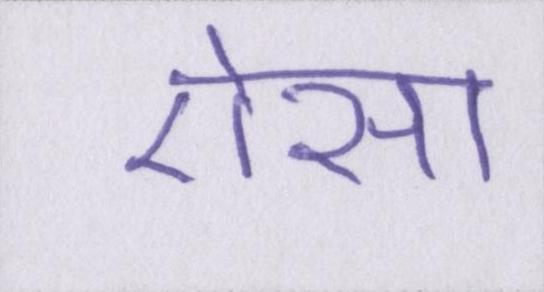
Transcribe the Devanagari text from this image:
ऎसा